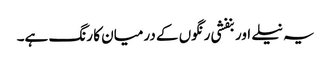
یہ نیلے اور بنفشی رنگوں کے درمیان کا رنگ ہے۔